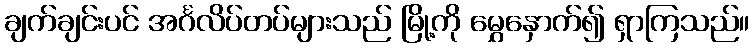
ချက်ချင်းပင် အင်္ဂလိပ်တပ်များသည် မြို့ကို မွှေနှောက်၍ ရှာကြသည်။